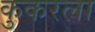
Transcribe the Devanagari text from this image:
कुकरला